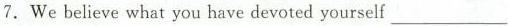
7. We beleve what you have devoted yourself ___